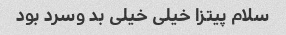
سلام پیتزا خیلی خیلی بد وسرد بود